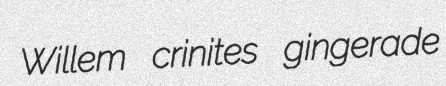
Willem crinites gingerade